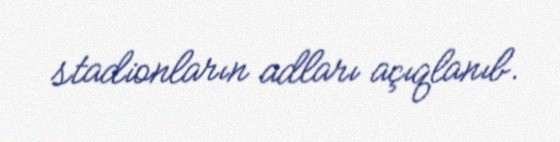
stadionların adları açıqlanıb.